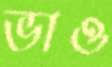
ভাও